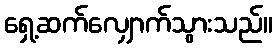
ရှေ့ဆက်လျှောက်သွားသည်။